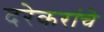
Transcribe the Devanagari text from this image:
दरेकरांचे